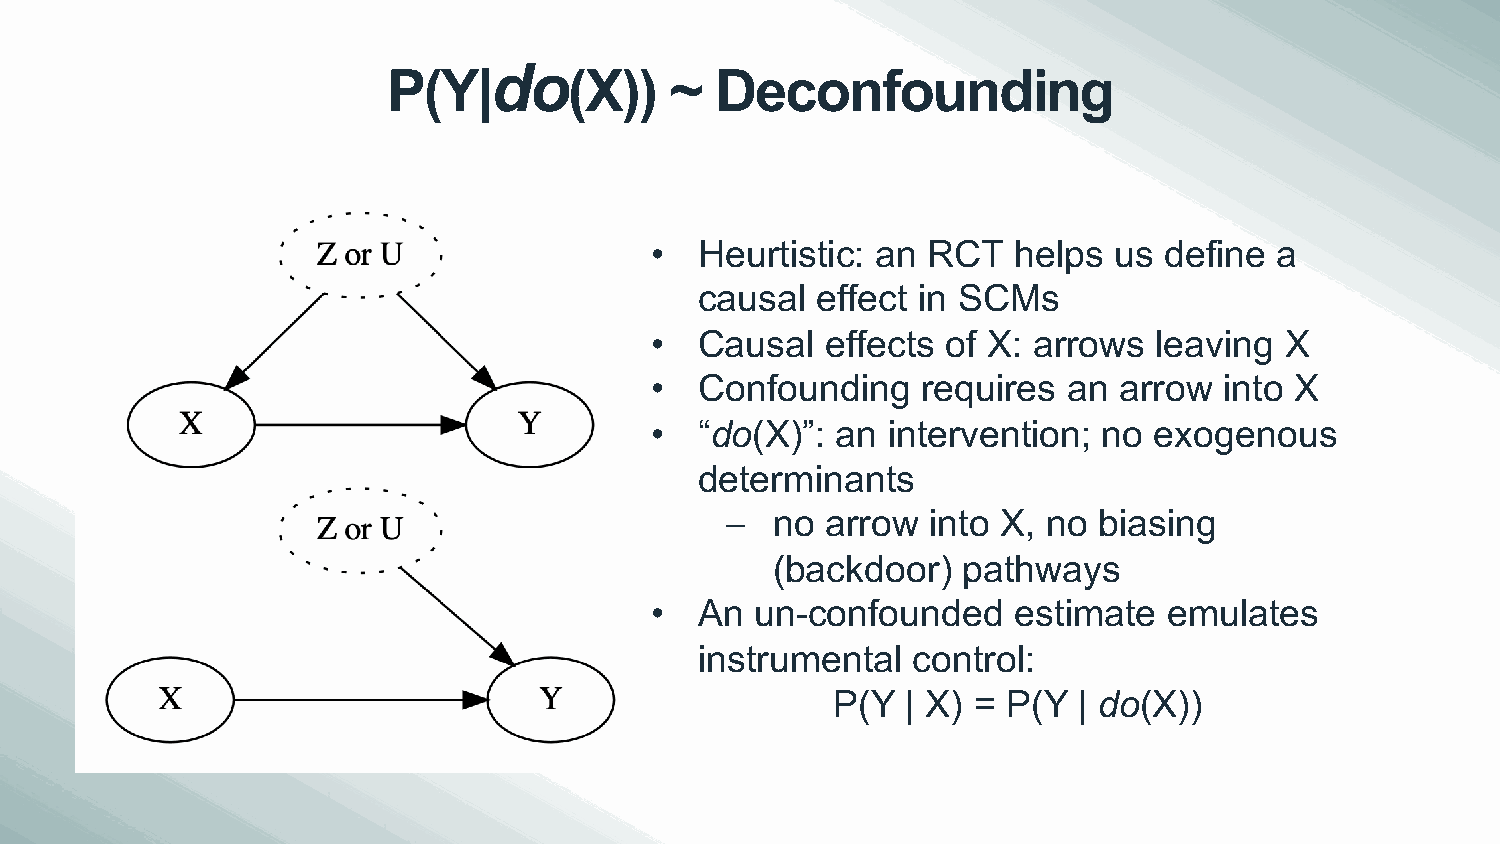
do
 P(Y|        (X))  ~  Deconfounding
 •  Heurtistic: an RCT   helps  us define  a
 causal  effect in SCMs
 •  Causal   effects of X: arrows  leaving X
 •  Confounding    requires  an arrow  into X
 •  “do(X)”: an  intervention; no exogenous
 determinants
 –  no  arrow  into X, no biasing
 (backdoor)   pathways
 •  An  un-confounded    estimate  emulates
 instrumental  control:
 P(Y  | X) = P(Y | do(X))